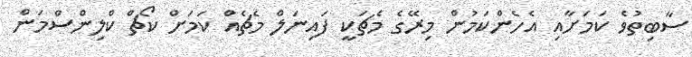
ސާބިތުވެ ކަމަށާއި އެހެންކަމުން މިރޭގެ މެޗަކީ ފައިނަލް މެޗެއް ކަމަށް ކޯޗް ކްލިންސްމަން